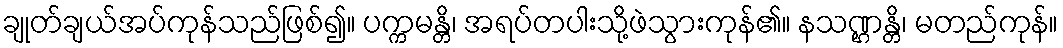
ချုတ်ချယ်အပ်ကုန်သည်ဖြစ်၍။ ပက္ကမန္တိ၊ အရပ်တပါးသို့ဖဲသွားကုန်၏။ နသဏ္ဌန္တိ၊ မတည်ကုန်။